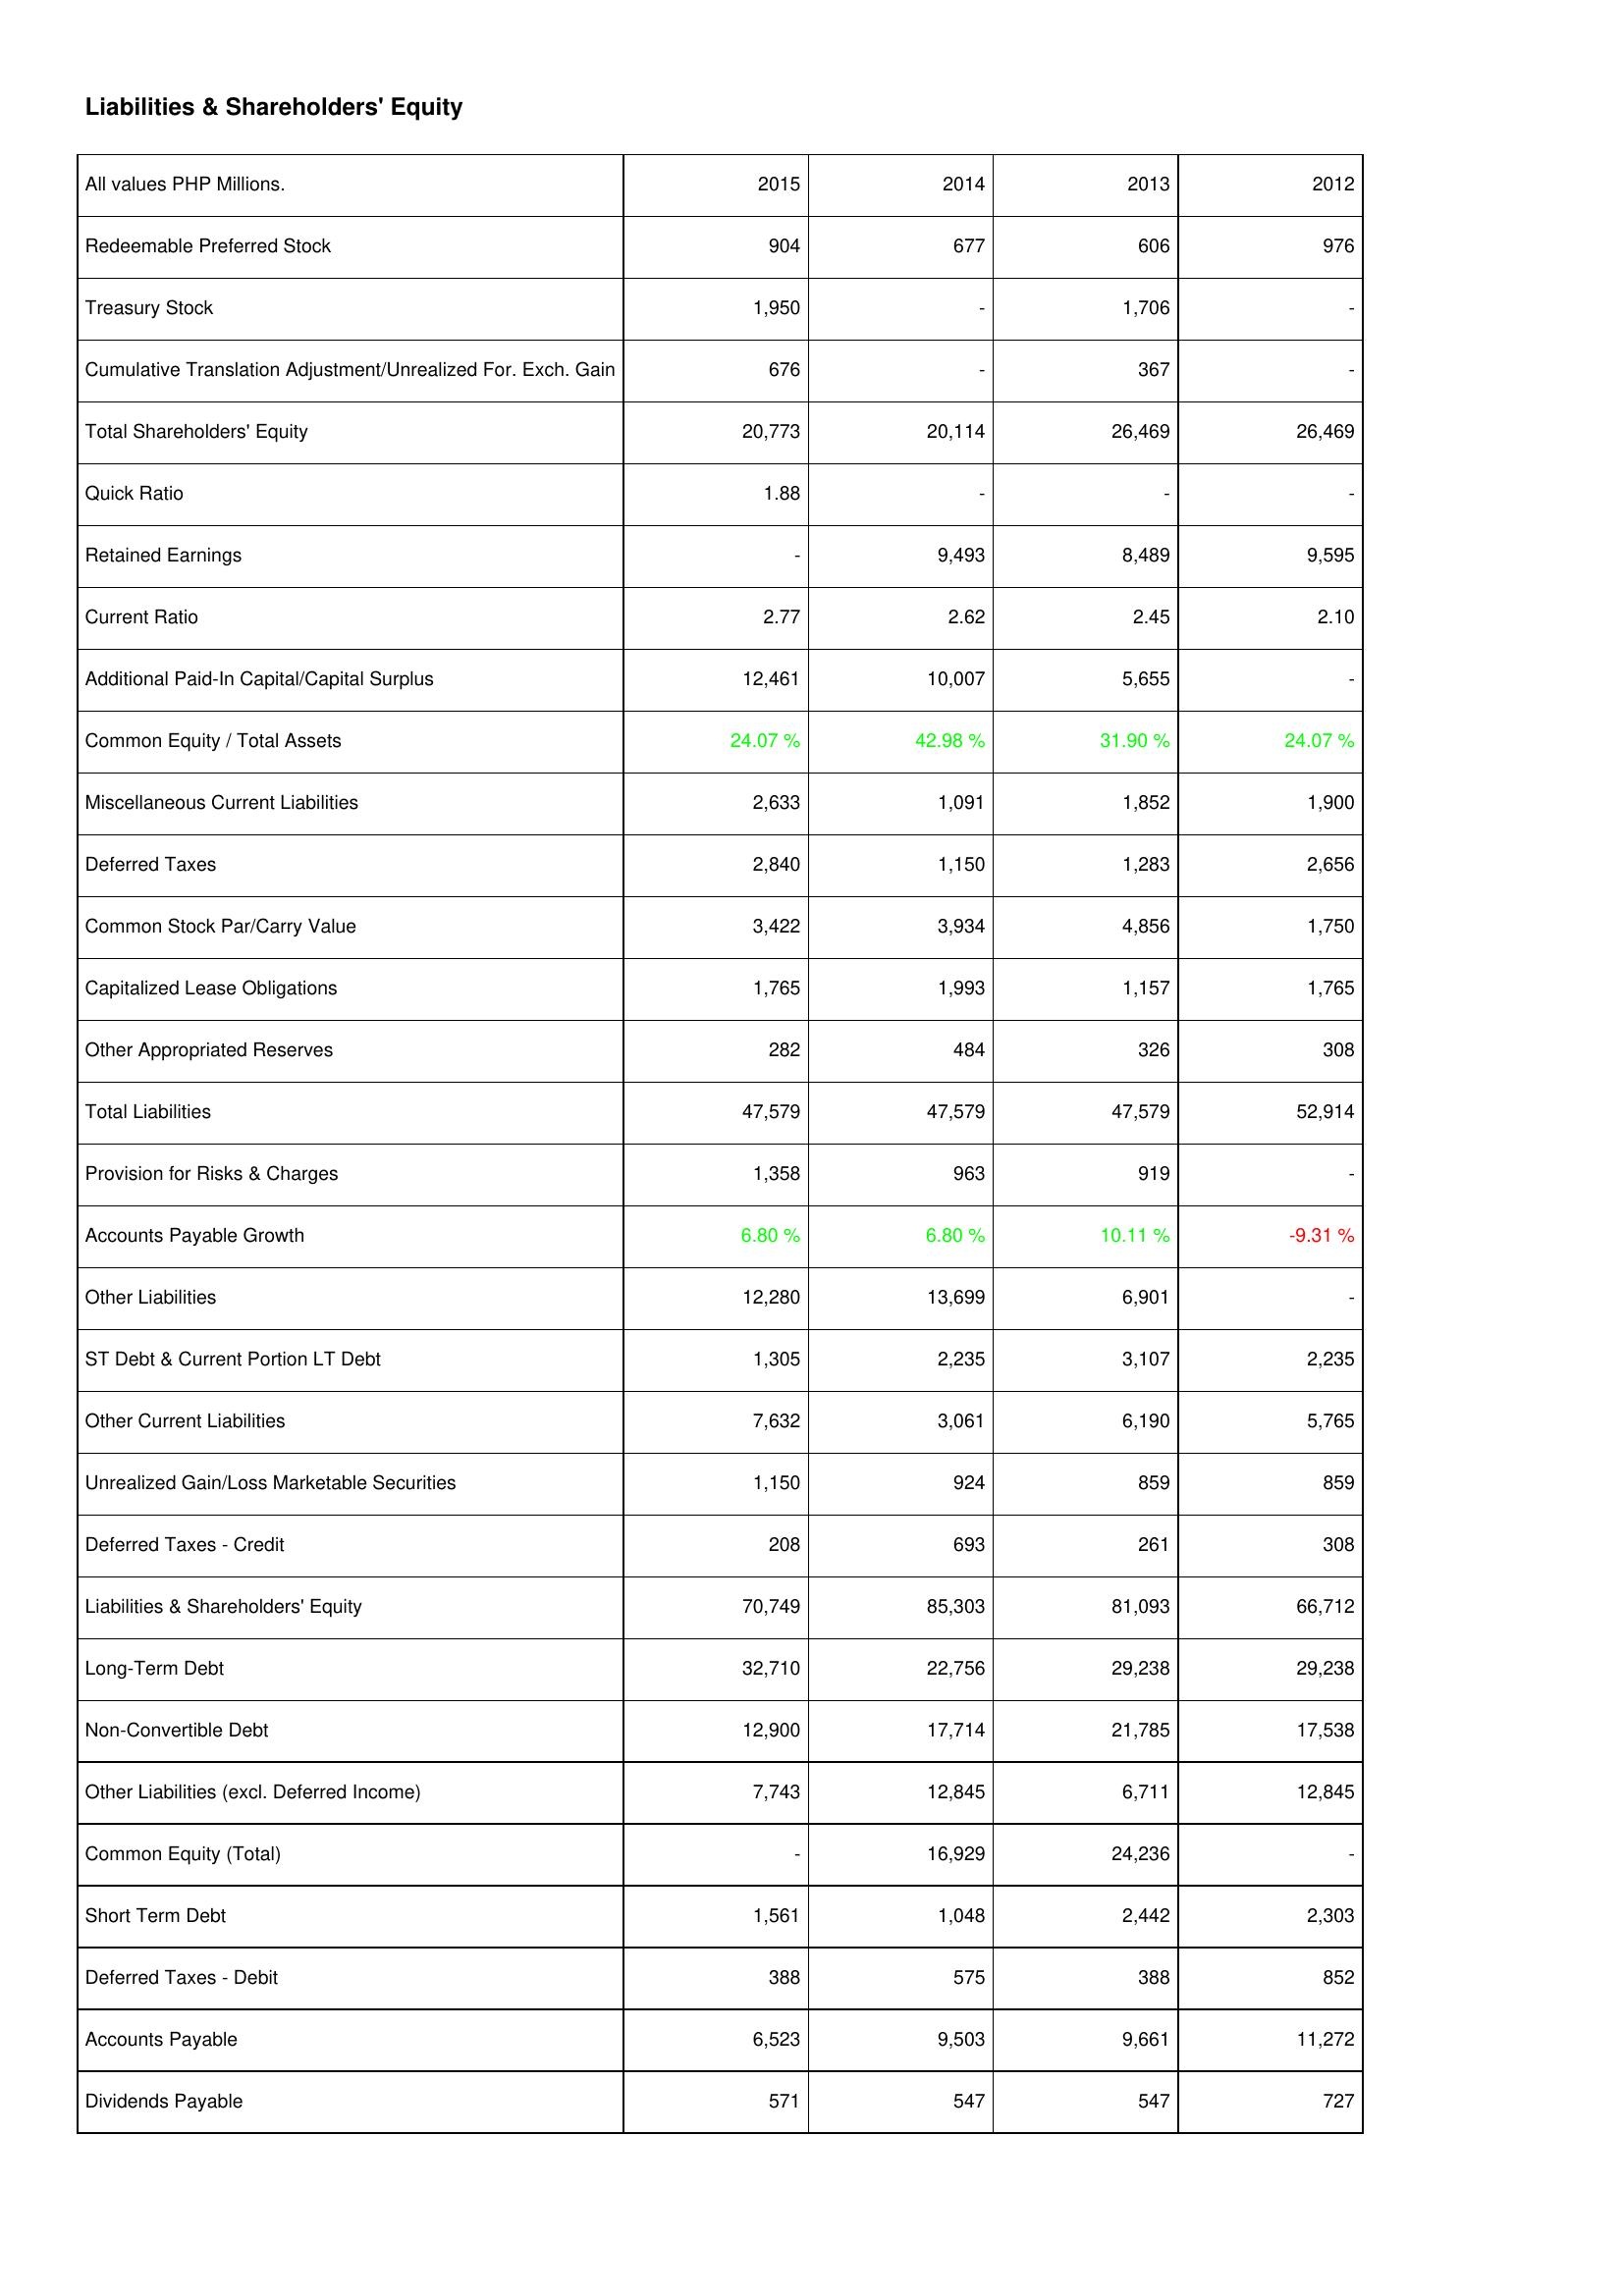
2015: Liabilities & Shareholders' Equity: Redeemable Preferred Stock: 904
Treasury Stock: 1,950
Cumulative Translation Adjustment/Unrealized For. Exch. Gain: 676
Total Shareholders' Equity: 20,773
Quick Ratio: 1.88
Retained Earnings: -
Current Ratio: 2.77
Additional Paid-In Capital/Capital Surplus: 12,461
Common Equity / Total Assets: 24.07 %
Miscellaneous Current Liabilities: 2,633
Deferred Taxes: 2,840
Common Stock Par/Carry Value: 3,422
Capitalized Lease Obligations: 1,765
Other Appropriated Reserves: 282
Total Liabilities: 47,579
Provision for Risks & Charges: 1,358
Accounts Payable Growth: 6.80 %
Other Liabilities: 12,280
ST Debt & Current Portion LT Debt: 1,305
Other Current Liabilities: 7,632
Unrealized Gain/Loss Marketable Securities: 1,150
Deferred Taxes - Credit: 208
Liabilities & Shareholders' Equity: 70,749
Long-Term Debt: 32,710
Non-Convertible Debt: 12,900
Other Liabilities (excl. Deferred Income): 7,743
Common Equity (Total): -
Short Term Debt: 1,561
Deferred Taxes - Debit: 388
Accounts Payable: 6,523
Dividends Payable: 571
2014: Liabilities & Shareholders' Equity: Redeemable Preferred Stock: 677
Treasury Stock: -
Cumulative Translation Adjustment/Unrealized For. Exch. Gain: -
Total Shareholders' Equity: 20,114
Quick Ratio: -
Retained Earnings: 9,493
Current Ratio: 2.62
Additional Paid-In Capital/Capital Surplus: 10,007
Common Equity / Total Assets: 42.98 %
Miscellaneous Current Liabilities: 1,091
Deferred Taxes: 1,150
Common Stock Par/Carry Value: 3,934
Capitalized Lease Obligations: 1,993
Other Appropriated Reserves: 484
Total Liabilities: 47,579
Provision for Risks & Charges: 963
Accounts Payable Growth: 6.80 %
Other Liabilities: 13,699
ST Debt & Current Portion LT Debt: 2,235
Other Current Liabilities: 3,061
Unrealized Gain/Loss Marketable Securities: 924
Deferred Taxes - Credit: 693
Liabilities & Shareholders' Equity: 85,303
Long-Term Debt: 22,756
Non-Convertible Debt: 17,714
Other Liabilities (excl. Deferred Income): 12,845
Common Equity (Total): 16,929
Short Term Debt: 1,048
Deferred Taxes - Debit: 575
Accounts Payable: 9,503
Dividends Payable: 547
2013: Liabilities & Shareholders' Equity: Redeemable Preferred Stock: 606
Treasury Stock: 1,706
Cumulative Translation Adjustment/Unrealized For. Exch. Gain: 367
Total Shareholders' Equity: 26,469
Quick Ratio: -
Retained Earnings: 8,489
Current Ratio: 2.45
Additional Paid-In Capital/Capital Surplus: 5,655
Common Equity / Total Assets: 31.90 %
Miscellaneous Current Liabilities: 1,852
Deferred Taxes: 1,283
Common Stock Par/Carry Value: 4,856
Capitalized Lease Obligations: 1,157
Other Appropriated Reserves: 326
Total Liabilities: 47,579
Provision for Risks & Charges: 919
Accounts Payable Growth: 10.11 %
Other Liabilities: 6,901
ST Debt & Current Portion LT Debt: 3,107
Other Current Liabilities: 6,190
Unrealized Gain/Loss Marketable Securities: 859
Deferred Taxes - Credit: 261
Liabilities & Shareholders' Equity: 81,093
Long-Term Debt: 29,238
Non-Convertible Debt: 21,785
Other Liabilities (excl. Deferred Income): 6,711
Common Equity (Total): 24,236
Short Term Debt: 2,442
Deferred Taxes - Debit: 388
Accounts Payable: 9,661
Dividends Payable: 547
2012: Liabilities & Shareholders' Equity: Redeemable Preferred Stock: 976
Treasury Stock: -
Cumulative Translation Adjustment/Unrealized For. Exch. Gain: -
Total Shareholders' Equity: 26,469
Quick Ratio: -
Retained Earnings: 9,595
Current Ratio: 2.10
Additional Paid-In Capital/Capital Surplus: -
Common Equity / Total Assets: 24.07 %
Miscellaneous Current Liabilities: 1,900
Deferred Taxes: 2,656
Common Stock Par/Carry Value: 1,750
Capitalized Lease Obligations: 1,765
Other Appropriated Reserves: 308
Total Liabilities: 52,914
Provision for Risks & Charges: -
Accounts Payable Growth: -9.31 %
Other Liabilities: -
ST Debt & Current Portion LT Debt: 2,235
Other Current Liabilities: 5,765
Unrealized Gain/Loss Marketable Securities: 859
Deferred Taxes - Credit: 308
Liabilities & Shareholders' Equity: 66,712
Long-Term Debt: 29,238
Non-Convertible Debt: 17,538
Other Liabilities (excl. Deferred Income): 12,845
Common Equity (Total): -
Short Term Debt: 2,303
Deferred Taxes - Debit: 852
Accounts Payable: 11,272
Dividends Payable: 727